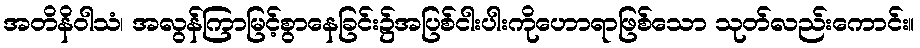
အတိနိဝါသံ၊ အလွန်ကြာမြင့်စွာနေခြင်း၌အပြစ်ငါးပါးကိုဟောရာဖြစ်သော သုတ်လည်းကောင်း။